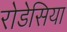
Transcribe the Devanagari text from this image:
रोडेसिया